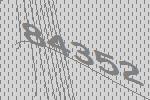
84352